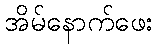
အိမ်နောက်ဖေး